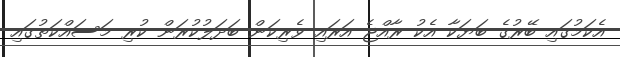
އެކަމުގައި ބޭރުގެ ބަޔަކާ އެކު ރާއްޖެ އަރައި ވެރިކަން ބަދަލުކުރަން ކުރި މަސައްކަތުގައި